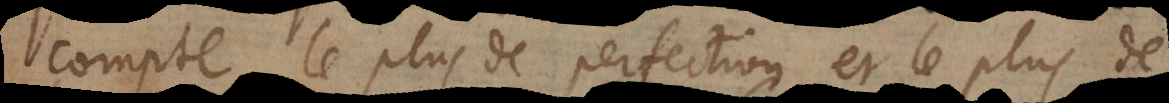
compte le plus de perfection et le plus de